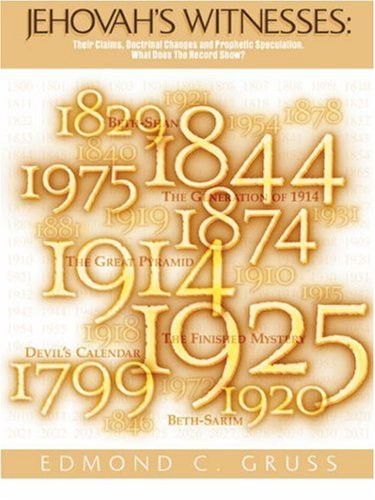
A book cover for Jehovah's Witnesses: Their Claims, Doctrinal Changes, and Prophetic Speculation. What Does the Record Show?; Edmond C. Gruss; Christian Books & Bibles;